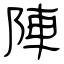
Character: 陣